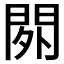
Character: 𨳿